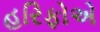
હરિફોએ